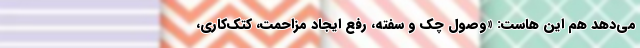
می‌دهد هم این هاست: «وصول چک و سفته، رفع ایجاد مزاحمت، کتک‌کاری،